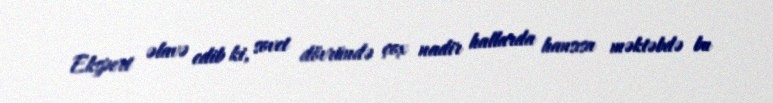
Ekspert əlavə edib ki, sovet dövründə çox nadir hallarda hansısa məktəbdə bu